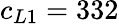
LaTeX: c_{L1}=332